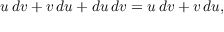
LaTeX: u \, d v + v \, d u + d u \, d v = u \, d v + v \, d u ,